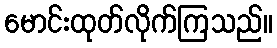
မောင်းထုတ်လိုက်ကြသည်။